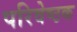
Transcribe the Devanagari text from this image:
परिवेष्ठक